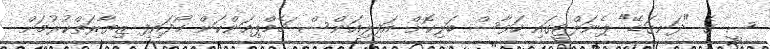
ސީ ގެ "ދަނގަޑޭ" ޕެނަލްޓީގައި ހަވާސް ބަލިކޮށް އަފިލިއަންސް ޗެމްޕިއަންކަން ހޯދައިފި ޒިޔާރަތްކުރުމަށް